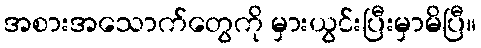
အစားအသောက်တွေကို မှားယွင်းပြီးမှာမိပြီ။